Report of the Indian Hemp Drugs Commission, 1894-1895 - Volume V
Year: 1894
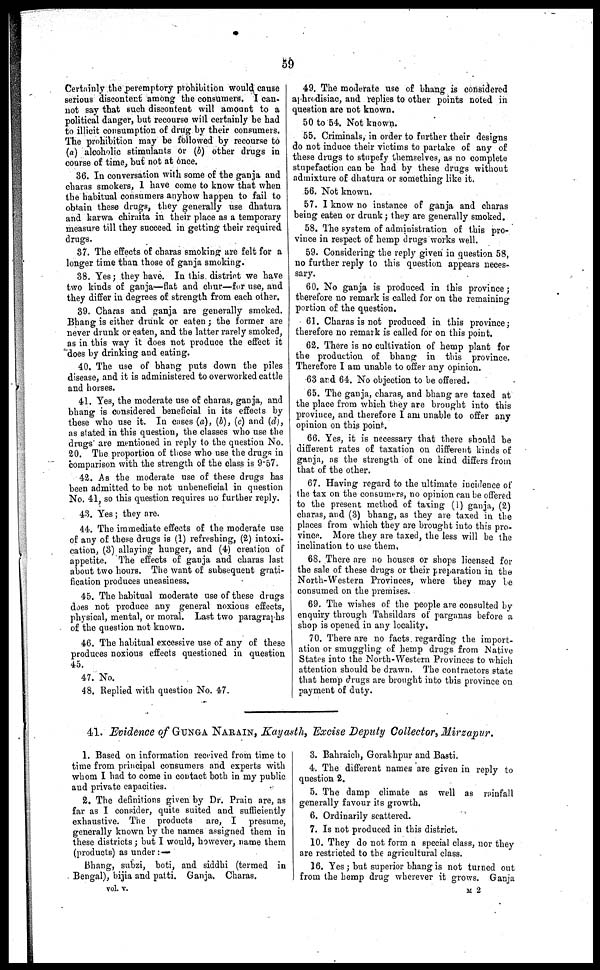
59
Certainly the peremptory prohibition would cause
serious discontent among the consumers. I can-
not say that such discontent will amount to a
political danger, but recourse will certainly be had
to illicit consumption of drug by their consumers.
The prohibition may be followed by recourse to
(a) alcoholic stimulants or (b) other drugs in
course of time, but not at once.
36. In conversation with some of the ganja and
charas smokers, 1 have come to know that when
the habitual consumers anyhow happen to fail to
obtain these drugs, they generally use dhatura
and karwa chiraita in their place as a temporary
measure till they succeed in getting their required
drugs.
37. The effects of charas smoking are felt for a
longer time than those of ganja smoking.
38. Yes ; they have. In this district we have
two kinds of ganja—flat and chur—for use, and
they differ in degrees of strength from each other.
39. Charas and ganja are generally smoked.
Bhang is either drunk or eaten ; the former are
never drunk or eaten, and the latter rarely smoked,
as in this way it does not produce the effect it
does by drinking and eating.
40. The use of bhang puts down the piles
disease, and it is administered to overworked cattle
and horses.
41. Yes, the moderate use of charas, ganja, and
bhang is considered beneficial in its effects by
these who use it. In cases (a), (b), (c) and (d),
as slated in this question, the classes who use the
drugs' are mentioned in reply to the question No.
20. The proportion of those who use the drugs in
comparison with the strength of the class is 9.57.
42. As the moderate use of these drugs has
been admitted to be not unbeneficial in question
No. 41, so this question requires no further reply.
43. Yes ; they are.
44. The immediate effects of the moderate use
of any of these drugs is (1) refreshing, (2) intoxi-
cation, (3) allaying hunger, and (4) creation of
appetite. The effects of ganja and charas last
about two hours. The want of subsequent grati-
fication produces uneasiness.
45. The habitual moderate use of these drugs
does not produce any general noxious effects,
physical, mental, or moral. Last two paragraphs
of the question not known.
46. The habitual excessive use of any of these
produces noxious effects questioned in question
45.
47. No.
48. Replied with question No. 47.
49. The moderate use of bhang is considered
aphrodisiac, and replies to other points noted in
question are not known.
50 to 54. Not known.
55. Criminals, in order to further their designs
do not induce their victims to partake of any of
these drugs to stupefy themselves, as no complete
stupefaction can be had by these drugs without
admixture of dhatura or something like it.
56. Not known.
57. I know no instance of ganja and charas
being eaten or drunk ; they are generally smoked.
58. The system of administration of this pro-
vince in respect of hemp drugs works well.
59. Considering the reply given in question 58,
no further reply to this question appears neces-
sary.
60. No ganja is produced in this province ;
therefore no remark is called for on the remaining
portion of the question.
61. Charas is not produced in this province ;
therefore no remark is called for on this point.
62. There is no cultivation of hemp plant for
the production of bhang in this province.
Therefore I am unable to offer any opinion.
63 and 64. No objection to be offered.
65. The ganja, charas, and bhang are taxed at
the place from which they are brought into this
province, and therefore I am unable to offer any
opinion on this point.
66. Yes, it is necessary that there should be
different rates of taxation on different kinds of
ganja, as the strength of one kind differs from
that of the other.
67. Having regard to the ultimate incidence of
the tax on the consumers, no opinion can be offered
to the present method of taxing (1) ganja, (2)
charas, and (3) bhang, as they are taxed in the
places from which they are brought into this pro-
vince. More they are taxed, the less will be the
inclination to use them,
68. There are no houses or shops licensed for
the sale of these drugs or their preparation in the
North-Western Provinces, where they may be
consumed on the premises.
69. The wishes of the people are consulted by
enquiry through Tahsildars of parganas before a
shop is opened in any locality,
70. There are no facts regarding the import-
ation or smuggling of hemp drugs from Native
States into the North-Western Provinces to which
attention should be drawn. The contractors state
that hemp drugs are brought into this province on
payment of duty.
41. Evidence of GUNGA NARAIN, Kayasth, Excise Deputy Collector, Mirzapur.
1. Based on information received from time to
time from principal consumers and experts with
whom I had to come in contact both in my public
and private capacities.
2. The definitions given by Dr. Prain are, as
far as I consider, quite suited and sufficiently
exhaustive. The products are, I presume,
generally known by the names assigned them in
these districts ; but I would, however, name them
(products) as under :—
Bhang, subzi, boti, and siddhi (termed in
Bengal), bijia and patti. Ganja. Charas.
vol. v.
3. Bahraich, Gorakhpur and Basti.
4. The different names are given in reply to
question 2.
5. The damp climate as well as rainfall
generally favour its growth.
6. Ordinarily scattered.
7. Is not produced in this district.
10. They do not form a special class, nor they
are restricted to the agricultural class.
16. Yes ; but superior bhang is not turned out
from the hemp drug wherever it grows. Ganja
M 2